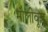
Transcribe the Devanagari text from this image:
मौलीवूड